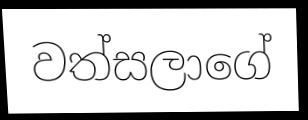
වත්සලාගේ